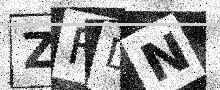
Text: ZFDN